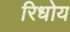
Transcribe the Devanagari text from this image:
रिधोय